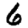
Digit: 6